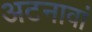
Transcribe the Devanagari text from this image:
अटनावां